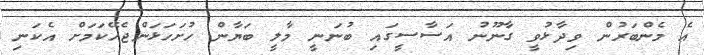
އެ މެންބަރުން ވިދާޅުވީ ގާނޫނު އަސާސީގައި ބުނަނީ މާލީ ބަޔާން ހުށަހަޅަންޖެހޭކަމަށް އެކަނި